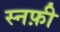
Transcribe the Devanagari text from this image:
स्नफ़ी